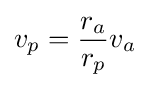
v_{p}={\frac {r_{a}}{r_{p}}}v_{a}